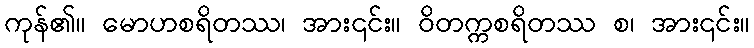
ကုန်၏။ မောဟစရိတဿ၊ အား၎င်း။ ဝိတက္ကစရိတဿ စ၊ အား၎င်း။